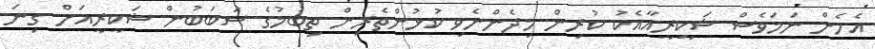
އެހެން ނަމަވެސް ޝަކީރީއާއެކު ކުރިން މިދެންނެވި ކުޅުންތެރިން ތިބުމުގެ ސަބަބުން ޝަކީރީއަށް ގިނަ